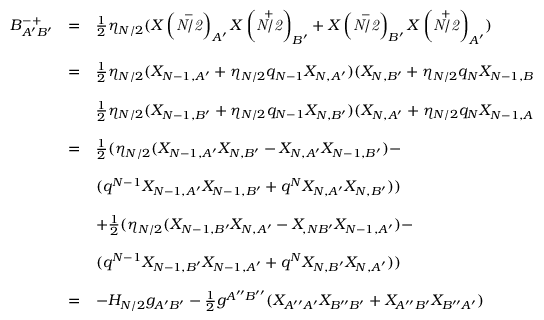
\begin{array} { l c l } { { B _ { A ^ { \prime } B ^ { \prime } } ^ { - + } } } & { { = } } & { { \frac { 1 } { 2 } \eta _ { N / 2 } ( X \left( \stackrel { - } { \mathrm { \scriptsize \it { N / 2 } } } \right) _ { A ^ { \prime } } X \left( \stackrel { + } { \mathrm { \scriptsize \it { N / 2 } } } \right) _ { B ^ { \prime } } + X \left( \stackrel { - } { \mathrm { \scriptsize \it { N / 2 } } } \right) _ { B ^ { \prime } } X \left( \stackrel { + } { \mathrm { \scriptsize \it { N / 2 } } } \right) _ { A ^ { \prime } } ) } } \\ { { } } & { { } } & { { } } \\ { { } } & { { = } } & { { \frac { 1 } { 2 } \eta _ { N / 2 } ( X _ { N - 1 , A ^ { \prime } } + \eta _ { N / 2 } q _ { N - 1 } X _ { N , A ^ { \prime } } ) ( X _ { N , B ^ { \prime } } + \eta _ { N / 2 } q _ { N } X _ { N - 1 , B ^ { \prime } } ) + } } \\ { { } } & { { } } & { { } } \\ { { } } & { { } } & { { \frac { 1 } { 2 } \eta _ { N / 2 } ( X _ { N - 1 , B ^ { \prime } } + \eta _ { N / 2 } q _ { N - 1 } X _ { N , B ^ { \prime } } ) ( X _ { N , A ^ { \prime } } + \eta _ { N / 2 } q _ { N } X _ { N - 1 , A ^ { \prime } } ) } } \\ { { } } & { { } } & { { } } \\ { { } } & { { = } } & { { \frac { 1 } { 2 } ( \eta _ { N / 2 } ( X _ { N - 1 , A ^ { \prime } } X _ { N , B ^ { \prime } } - X _ { N , A ^ { \prime } } X _ { N - 1 , B ^ { \prime } } ) - } } \\ { { } } & { { } } & { { } } \\ { { } } & { { } } & { { ( q ^ { N - 1 } X _ { N - 1 , A ^ { \prime } } X _ { N - 1 , B ^ { \prime } } + q ^ { N } X _ { N , A ^ { \prime } } X _ { N , B ^ { \prime } } ) ) } } \\ { { } } & { { } } & { { } } \\ { { } } & { { } } & { { + \frac { 1 } { 2 } ( \eta _ { N / 2 } ( X _ { N - 1 , B ^ { \prime } } X _ { N , A ^ { \prime } } - X _ { , N B ^ { \prime } } X _ { N - 1 , A ^ { \prime } } ) - } } \\ { { } } & { { } } & { { } } \\ { { } } & { { } } & { { ( q ^ { N - 1 } X _ { N - 1 , B ^ { \prime } } X _ { N - 1 , A ^ { \prime } } + q ^ { N } X _ { N , B ^ { \prime } } X _ { N , A ^ { \prime } } ) ) } } \\ { { } } & { { } } & { { } } \\ { { } } & { { = } } & { { - H _ { N / 2 } g _ { A ^ { \prime } B ^ { \prime } } - \frac { 1 } { 2 } g ^ { A ^ { \prime \prime } B ^ { \prime \prime } } ( X _ { A ^ { \prime \prime } A ^ { \prime } } X _ { B ^ { \prime \prime } B ^ { \prime } } + X _ { A ^ { \prime \prime } B ^ { \prime } } X _ { B ^ { \prime \prime } A ^ { \prime } } ) } } \end{array}